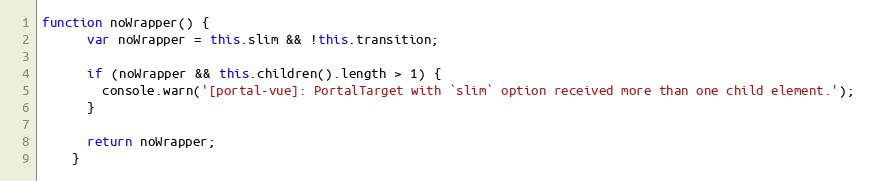
Language: JavaScript
function noWrapper() {
      var noWrapper = this.slim && !this.transition;

      if (noWrapper && this.children().length > 1) {
        console.warn('[portal-vue]: PortalTarget with `slim` option received more than one child element.');
      }

      return noWrapper;
    }